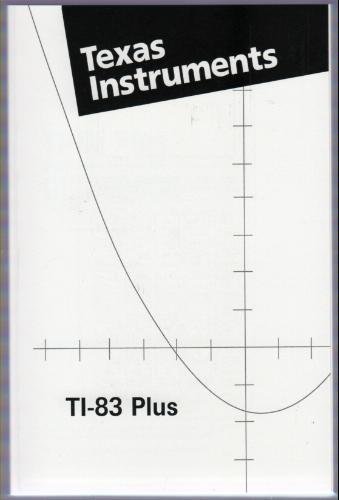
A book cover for Texas Instruments TI-83 Plus Manual (TI-83 Scientific Graphing Calculator Manual only); Texas Instruments; Science & Math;